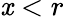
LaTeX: \mathit{x}<r